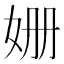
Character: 姗